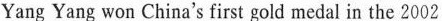
Yang Yang won China's first gold medal in the 2002